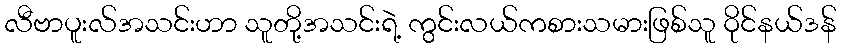
လီဗာပူးလ်အသင်းဟာ သူတို့အသင်းရဲ့ ကွင်းလယ်ကစားသမားဖြစ်သူ ဝိုင်နယ်ဒန်